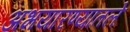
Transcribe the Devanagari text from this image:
अभयारण्यातले